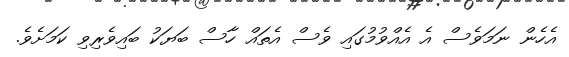
އެހެން ނަމަވެސް އެ އެއްވުމުގައި ވެސް އެތައް ހާސް ބަޔަކު ބައިވެރިވި ކަމަށެވެ.